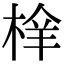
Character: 㮆